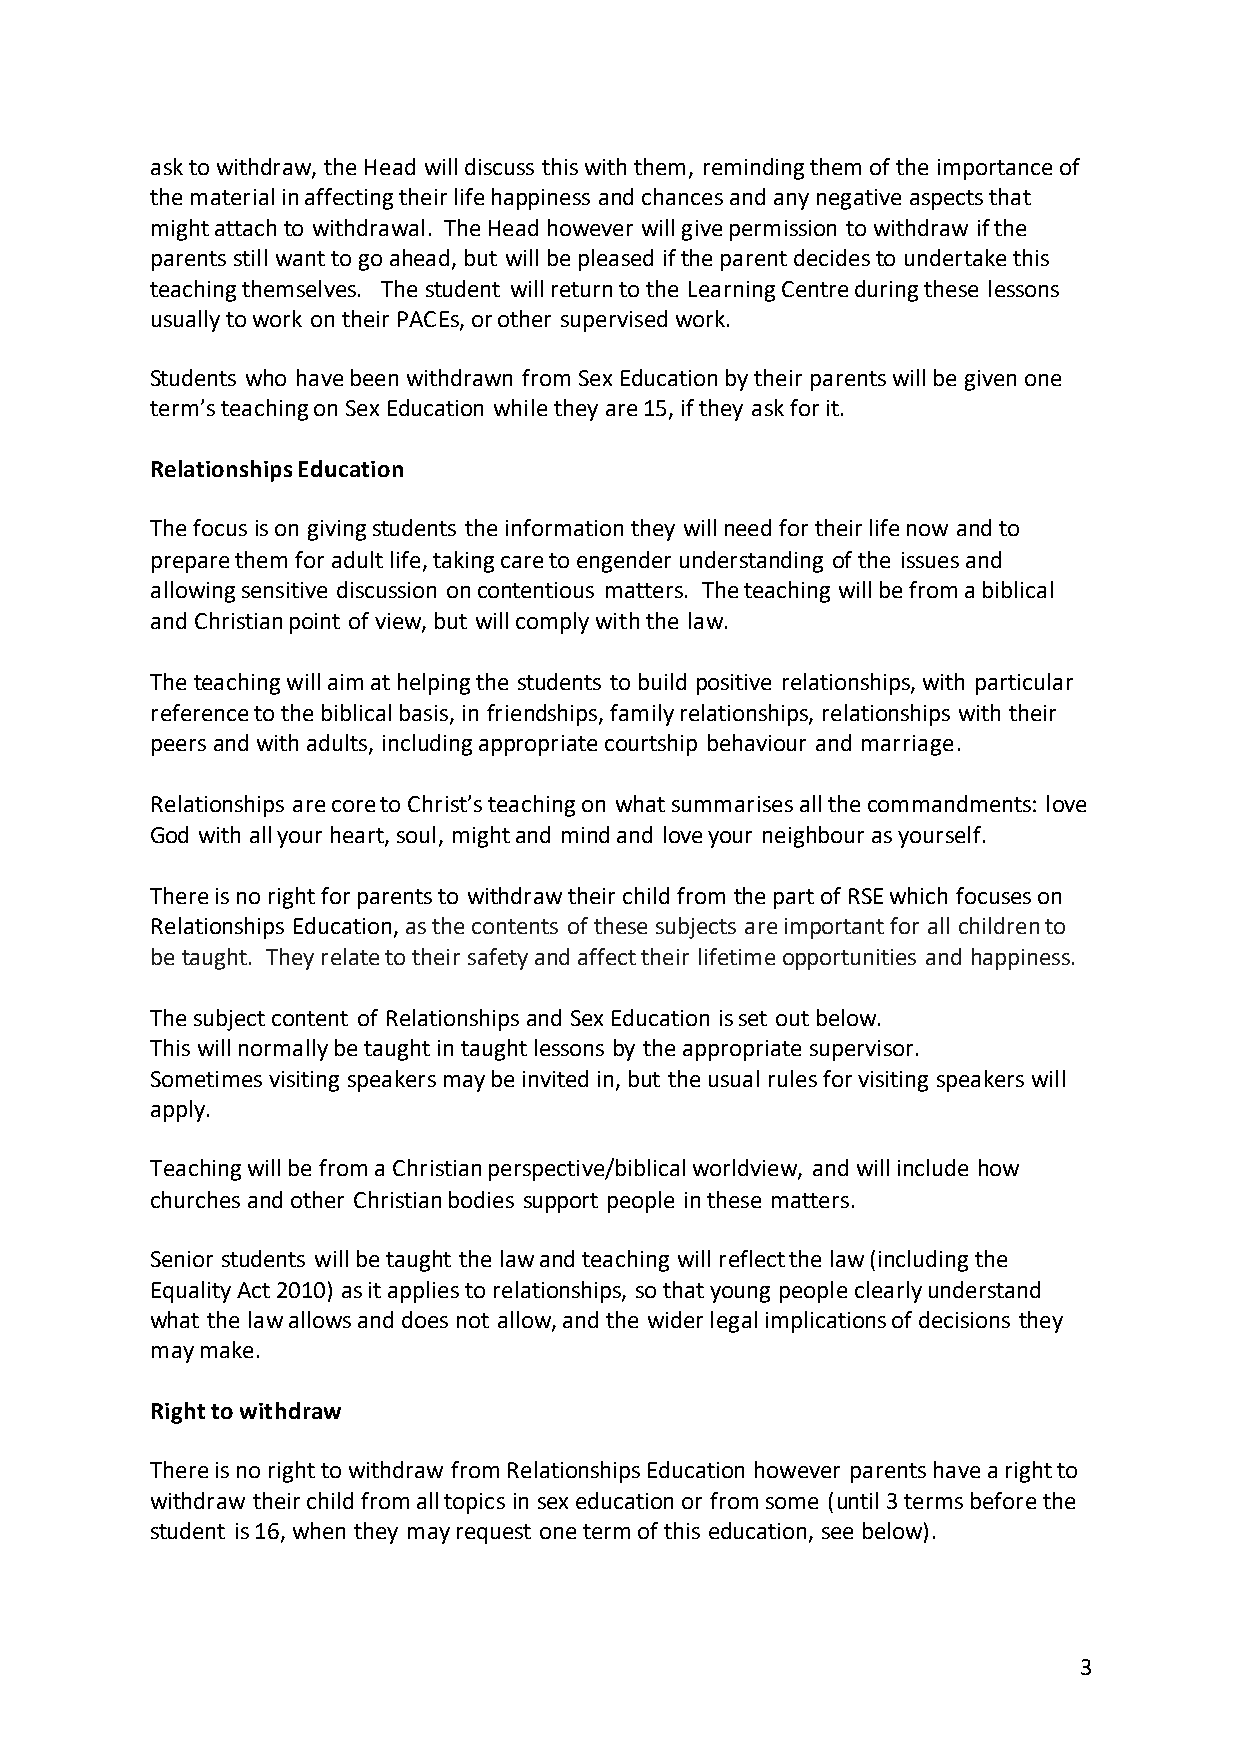
ask to withdraw, the Head will discuss this with them, reminding them of the importance of
 the material in affecting their life happiness and chances and any negative aspects that
 might attach to withdrawal. The Head however will give permission to withdraw if the
 parents still want to go ahead, but will be pleased if the parent decides to undertake this
 teaching themselves. The student will return to the Learning Centre during these lessons
 usually to work on their PACEs, or other supervised work.
 Students who have been withdrawn from Sex Education by their parents will be given one
 term’s teaching on Sex Education while they are 15, if they ask for it.
 Relationships Education
 The focus is on giving students the information they will need for their life now and to
 prepare them for adult life, taking care to engender understanding of the issues and
 allowing sensitive discussion on contentious matters. The teaching will be from a biblical
 and Christian point of view, but will comply with the law.
 The teaching will aim at helping the students to build positive relationships, with particular
 reference to the biblical basis, in friendships, family relationships, relationships with their
 peers and with adults, including appropriate courtship behaviour and marriage.
 Relationships are core to Christ’s teaching on what summarises all the commandments: love
 God with all your heart, soul, might and mind and love your neighbour as yourself.
 There is no right for parents to withdraw their child from the part of RSE which focuses on
 Relationships Education, as the contents of these subjects are important for all children to
 be taught. They relate to their safety and affect their lifetime opportunities and happiness.
 The subject content of Relationships and Sex Education is set out below.
 This will normally be taught in taught lessons by the appropriate supervisor.
 Sometimes visiting speakers may be invited in, but the usual rules for visiting speakers will
 apply.
 Teaching will be from a Christian perspective/biblical worldview, and will include how
 churches and other Christian bodies support people in these matters.
 Senior students will be taught the law and teaching will reflect the law (including the
 Equality Act 2010) as it applies to relationships, so that young people clearly understand
 what the law allows and does not allow, and the wider legal implications of decisions they
 may make.
 Right to withdraw
 There is no right to withdraw from Relationships Education however parents have a right to
 withdraw their child from all topics in sex education or from some (until 3 terms before the
 student is 16, when they may request one term of this education, see below).
 3